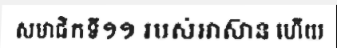
សមាជិកទី១១ របស់អាស៊ាន ហើយ